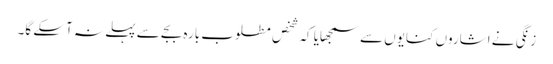
زنگی نے اشاروں کنایوں سے سمجھایا کہ شخصِ مطلوب بارہ بجے سے پہلے نہ آسکے گا۔